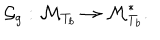
\mathcal { G } _ { g } : \mathcal { M } _ { T _ { b } } \rightarrow \mathcal { M } _ { T _ { b } } ^ { \ast } .